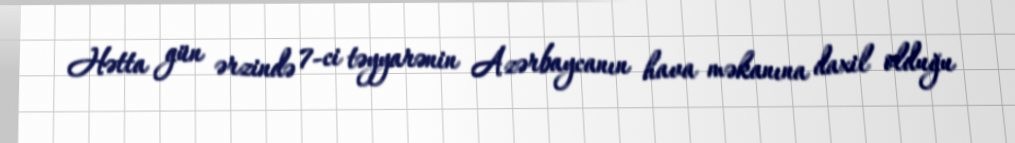
Hətta gün ərzində 7-ci təyyarənin Azərbaycanın hava məkanına daxil olduğu